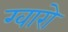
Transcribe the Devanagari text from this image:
ग्वारो